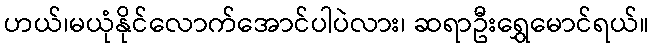
ဟယ်၊မယုံနိုင်လောက်အောင်ပါပဲလား၊ ဆရာဦးရွှေမောင်ရယ်။